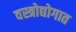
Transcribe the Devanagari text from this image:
वस्त्रोद्योगात